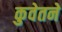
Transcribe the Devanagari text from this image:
कुवेतने